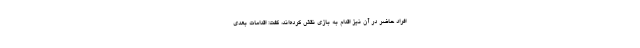
افراد حاضر در آن نیز اقدام به بازی نقش کرده‌اند، گفت: اقدامات بعدی